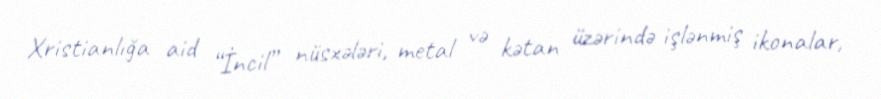
Xristianlığa aid “İncil” nüsxələri, metal və kətan üzərində işlənmiş ikonalar,